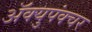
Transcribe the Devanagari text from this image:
ॲक्युपंक्चर